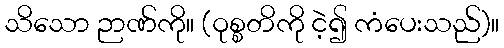
သိသော ဉာဏ်ကို။ (ဝုစ္စတိကို ငဲ့၍ ကံပေးသည်)။